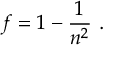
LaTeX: f = 1 - { \frac { 1 } { n ^ { 2 } } } \ .